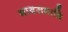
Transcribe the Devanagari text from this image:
भावसमाधि